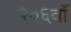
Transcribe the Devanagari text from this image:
२०६वॉ